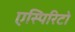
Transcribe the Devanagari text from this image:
एस्पिरिटो